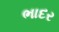
ભાદર